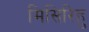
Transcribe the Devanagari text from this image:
मिसिरिहु